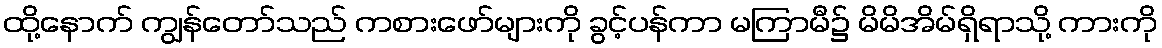
ထို့နောက် ကျွန်တော်သည် ကစားဖော်များကို ခွင့်ပန်ကာ မကြာမီ၌ မိမိအိမ်ရှိရာသို့ ကားကို